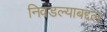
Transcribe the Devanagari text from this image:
निवडल्याबद्दल